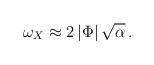
LaTeX: \begin{align*} \omega_{X}\approx 2\left|\Phi\right|\sqrt{\alpha }\,.\end{align*}